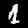
Digit: 1